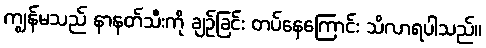
ကျွန်မသည် နာနတ်သီးကို ချဉ်ခြင်း တပ်နေကြောင်း သိလာရပါသည်။